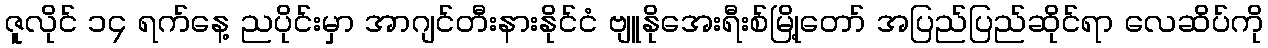
ဇူလိုင် ၁၄ ရက်နေ့ ညပိုင်းမှာ အာဂျင်တီးနားနိုင်ငံ ဗျူနိုအေးရီးစ်မြို့တော် အပြည်ပြည်ဆိုင်ရာ လေဆိပ်ကို